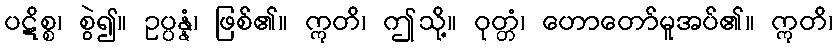
ပဋိစ္စ၊ စွဲ၍။ ဥပ္ပန္နံ၊ ဖြစ်၏။ ဣတိ၊ ဤသို့။ ဝုတ္တံ၊ ဟောတော်မူအပ်၏။ ဣတိ၊